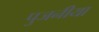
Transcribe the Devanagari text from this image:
पुजनीया